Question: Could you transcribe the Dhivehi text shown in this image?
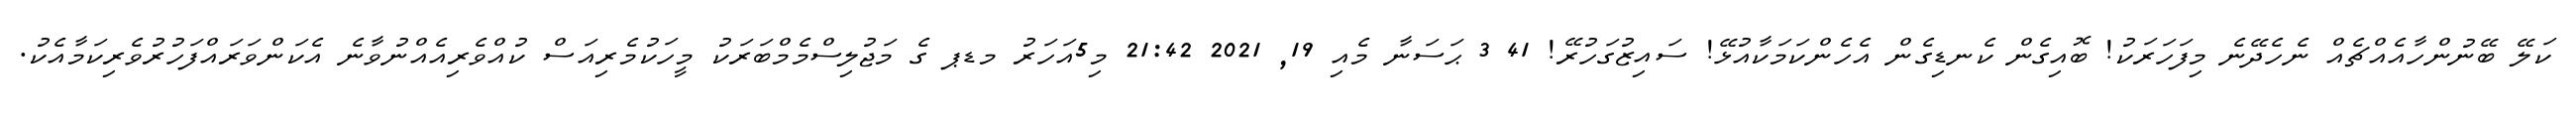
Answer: ކަލޭ ބޭނުންހާއެއްޗެއް ނެހެދޭނެ މިފަހަރަކު! ބޮއިގެން ކެނޑިގެން އެހެންކަމަކާއުޅޭ! ސައިޒުގަހުރޭ! 41 3 ޙަސަނާ މެއި 19, 2021 21:42 މި5އަހަރު މޑޕ ގެ މަޖުލިސްމެމްބަރަކު މީހަކުމެރިއަސް ކުއްވެރިއެއްނުވާނެ އެކަންވަރައްފަހުރުވެރިކަމާއެކު.